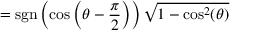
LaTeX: = \operatorname { s g n } \left( \cos \left( \theta - { \frac { \pi } { 2 } } \right) \right) { \sqrt { 1 - \cos ^ { 2 } ( \theta ) } }